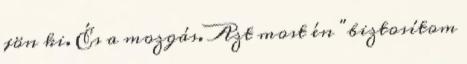
jön ki. És a mozgás. Azt most én "biztosítom